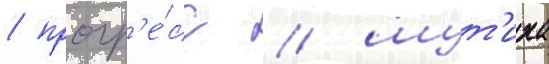
/ прогр'е́сс / шут'иха